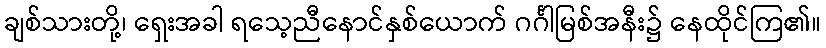
ချစ်သားတို့၊ ရှေးအခါ ရသေ့ညီနောင်နှစ်ယောက် ဂင်္ဂါမြစ်အနီး၌ နေထိုင်ကြ၏။